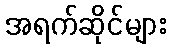
အရက်ဆိုင်များ